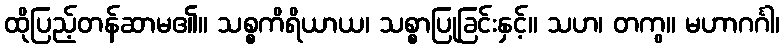
ထိုပြည့်တန်ဆာမ၏။ သစ္စကိရိယာယ၊ သစ္စာပြုခြင်းနှင့်။ သဟ၊ တကွ။ မဟာဂင်္ဂါ၊